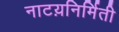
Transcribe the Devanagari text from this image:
नाटय़निर्मिती